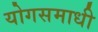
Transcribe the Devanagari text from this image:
योगसमाधी